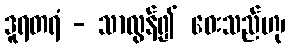
ဒူရတရံ - သာလွန်၍ ဝေးသည်ဟု၊